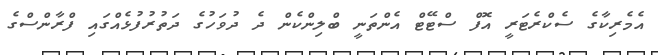
އެމެރިކާގެ ސެކްރެޓަރީ އޮފް ސްޓޭޓް އެންތަނީ ބްލިންކެން ދެ ދުވަހުގެ ދަތުރުފުޅެއްގައި ފްރާންސްގެ